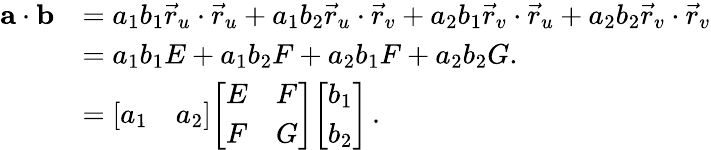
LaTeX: {\begin{array}{rl}{\mathbf{a}\cdot\mathbf{b}}&{=a_{1}b_{1}{\vec{r}}_{u}\cdot{\vec{r}}_{u}+a_{1}b_{2}{\vec{r}}_{u}\cdot{\vec{r}}_{v}+a_{2}b_{1}{\vec{r}}_{v}\cdot{\vec{r}}_{u}+a_{2}b_{2}{\vec{r}}_{v}\cdot{\vec{r}}_{v}}\\ &{=a_{1}b_{1}E+a_{1}b_{2}F+a_{2}b_{1}F+a_{2}b_{2}G.}\\ &{={\left[\begin{array}{ll}{a_{1}}&{a_{2}}\end{array}\right]}{\left[\begin{array}{ll}{E}&{F}\\ {F}&{G}\end{array}\right]}{\left[\begin{array}{l}{b_{1}}\\ {b_{2}}\end{array}\right]}\, .}\end{array}}